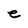
Character: e